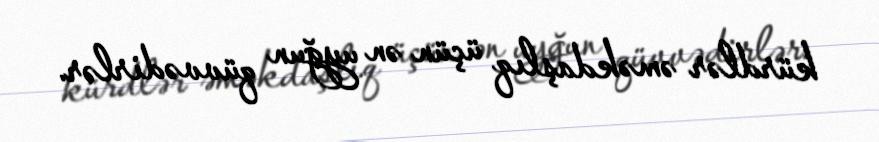
kürdlər əməkdaşlıq üçün ən uyğun qüvvədirlər.